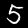
Digit: 5